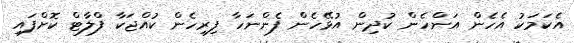
އެކަމަކު އެހެން އަންހެން ކުދިން އުޅޭހެން ފެންނަހާ ފިރިހެން ކުއްޖަކާ ފްލާޓް ކޮށްފައި